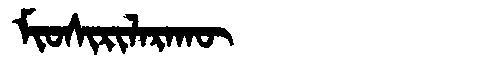
Manchu: ᠮᡳᠣᠰᡳᡵᡳᠯᠠᡵᠠᡴᡡ
Romanization: MIOSIRILARAKŪ